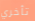
تأخري